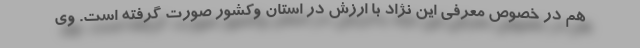
هم در خصوص معرفی این نژاد با ارزش در استان وکشور صورت گرفته است. وی